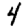
Digit: 4